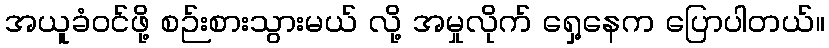
အယူခံဝင်ဖို့ စဉ်းစားသွားမယ် လို့ အမှုလိုက် ရှေ့နေက ပြောပါတယ်။